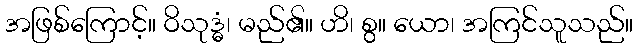
အဖြစ်ကြောင့်။ ဝိသုဒ္ဓံ၊ မည်၏။ ဟိ၊ စွ။ ယော၊ အကြင်သူသည်။